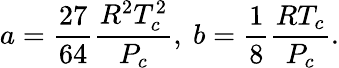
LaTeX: a=\frac{27}{64}\frac{R^{2}T_{c}^{2}}{P_{c}},\ b=\frac{1}{8}\frac{RT_{c}}{P_{c}}.